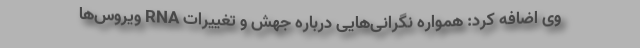
وی اضافه کرد: همواره نگرانی‌هایی درباره جهش و تغییرات RNA ویروس‌ها